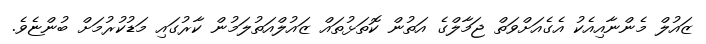
ޒައުލް މެންނާއިއެކު އެގެއަށްވަތް ޖަމާލްގެ އަތުން ކޮތަޅުތައް ޒައުލްއަތުލަމުން ކާރުގައި މަޑުކުރުމަށް ބުންޏެވެ.